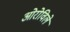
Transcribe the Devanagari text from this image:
ओरोविले